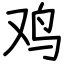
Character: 鸡